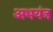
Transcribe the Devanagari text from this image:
अभयंत्र